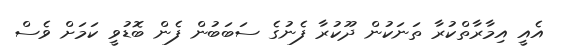
އެއީ އިމާރާތްކުރާ ތަނަކުން ދޫކުރާ ފެނުގެ ސަބަބުން ފެން ބޮޑުވީ ކަމަށް ވެސް